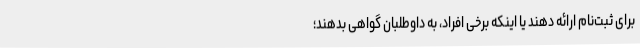
برای ثبت‌نام ارائه دهند یا اینکه برخی افراد، به داوطلبان گواهی بدهند؛